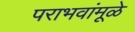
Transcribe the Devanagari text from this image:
पराभवांमूळे